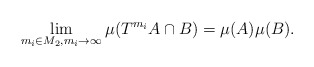
\begin{align*}\lim_{m_i\in M_2, m_i \to \infty} \mu (T^{m_i} A\cap B) = \mu (A)\mu (B) . \end{align*}